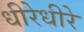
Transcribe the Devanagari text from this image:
धीरेधीरे